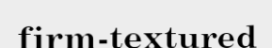
firm-textured